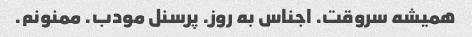
همیشه سروقت. اجناس به روز. پرسنل مودب. ممنونم.